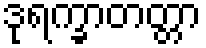
ဒုရက္ခာတတ္တာ